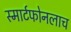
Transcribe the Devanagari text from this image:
स्मार्टफोनलाच